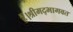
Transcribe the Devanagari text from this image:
हैं।श्रीमद्भागवत